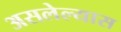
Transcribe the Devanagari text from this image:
असलेल्यास